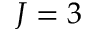
J = 3